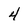
Character: 4